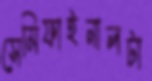
সেমিফাইনালটা